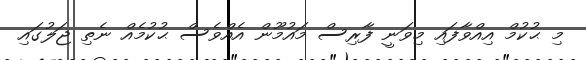
މި ޙުކުމް އިއްވާފައި މިވަނީ ފާރިސް މައުމޫން އެއްވެސް ޙުކުމެއް ނެތި ޖަލުގައި